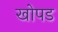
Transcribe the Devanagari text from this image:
खोपड